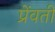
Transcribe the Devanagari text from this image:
प्रेंवती